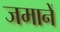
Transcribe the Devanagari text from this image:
जमानें